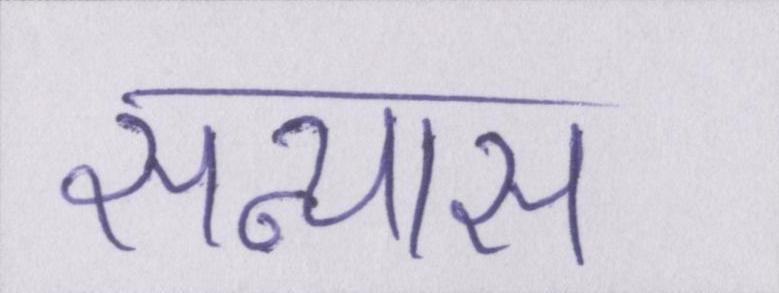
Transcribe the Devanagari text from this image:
सन्यास